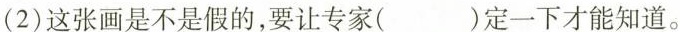
(2)这张画是不是假的，要让专家( )定一下才能知道。